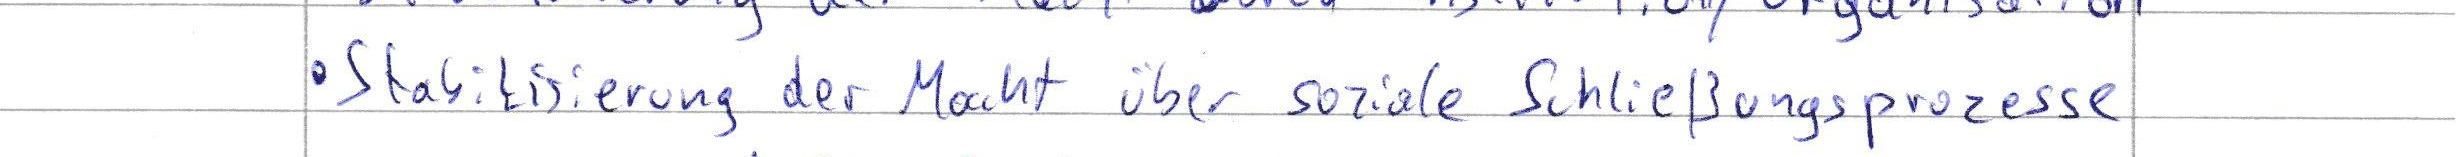
Stabilisierung der Macht über soziale Schließungsprozesse